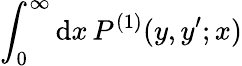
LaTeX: \int_{0}^{\infty}\mathrm{d}x\, P^{(1)}(y,y^{\prime};x)